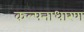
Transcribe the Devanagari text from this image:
कल्पनाधारण